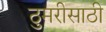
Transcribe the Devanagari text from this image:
ठुमरीसाठी